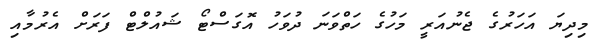
މިދިޔަ އަހަރުގެ ޖެނުއަރީ މަހުގެ ހަތްވަނަ ދުވަހު އޮގަސްޓޯ ޝައުލްޓް ފަރަށް އެރުމާއި